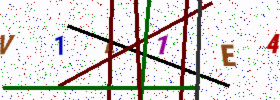
Text: V1L1E4